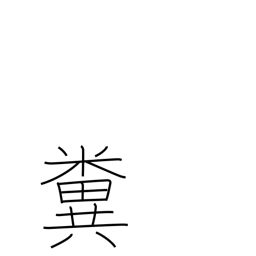
Meaning: feces